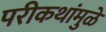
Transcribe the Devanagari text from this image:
परीकथांमुळे